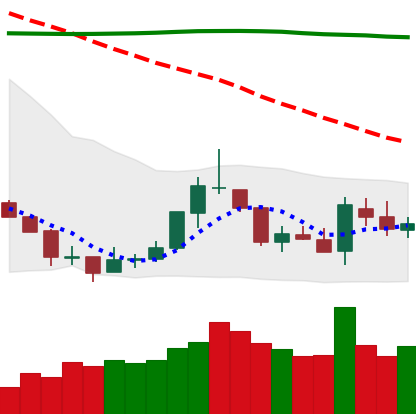
Ticker: TRX-USD
Chart end date: 2018-07-27
Forward return: -10.577%
Label: down_7plus